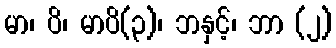
မာ၊ ပိ၊ မာပိ(၃)၊ ဘနှင့်၊ ဘာ (၂)